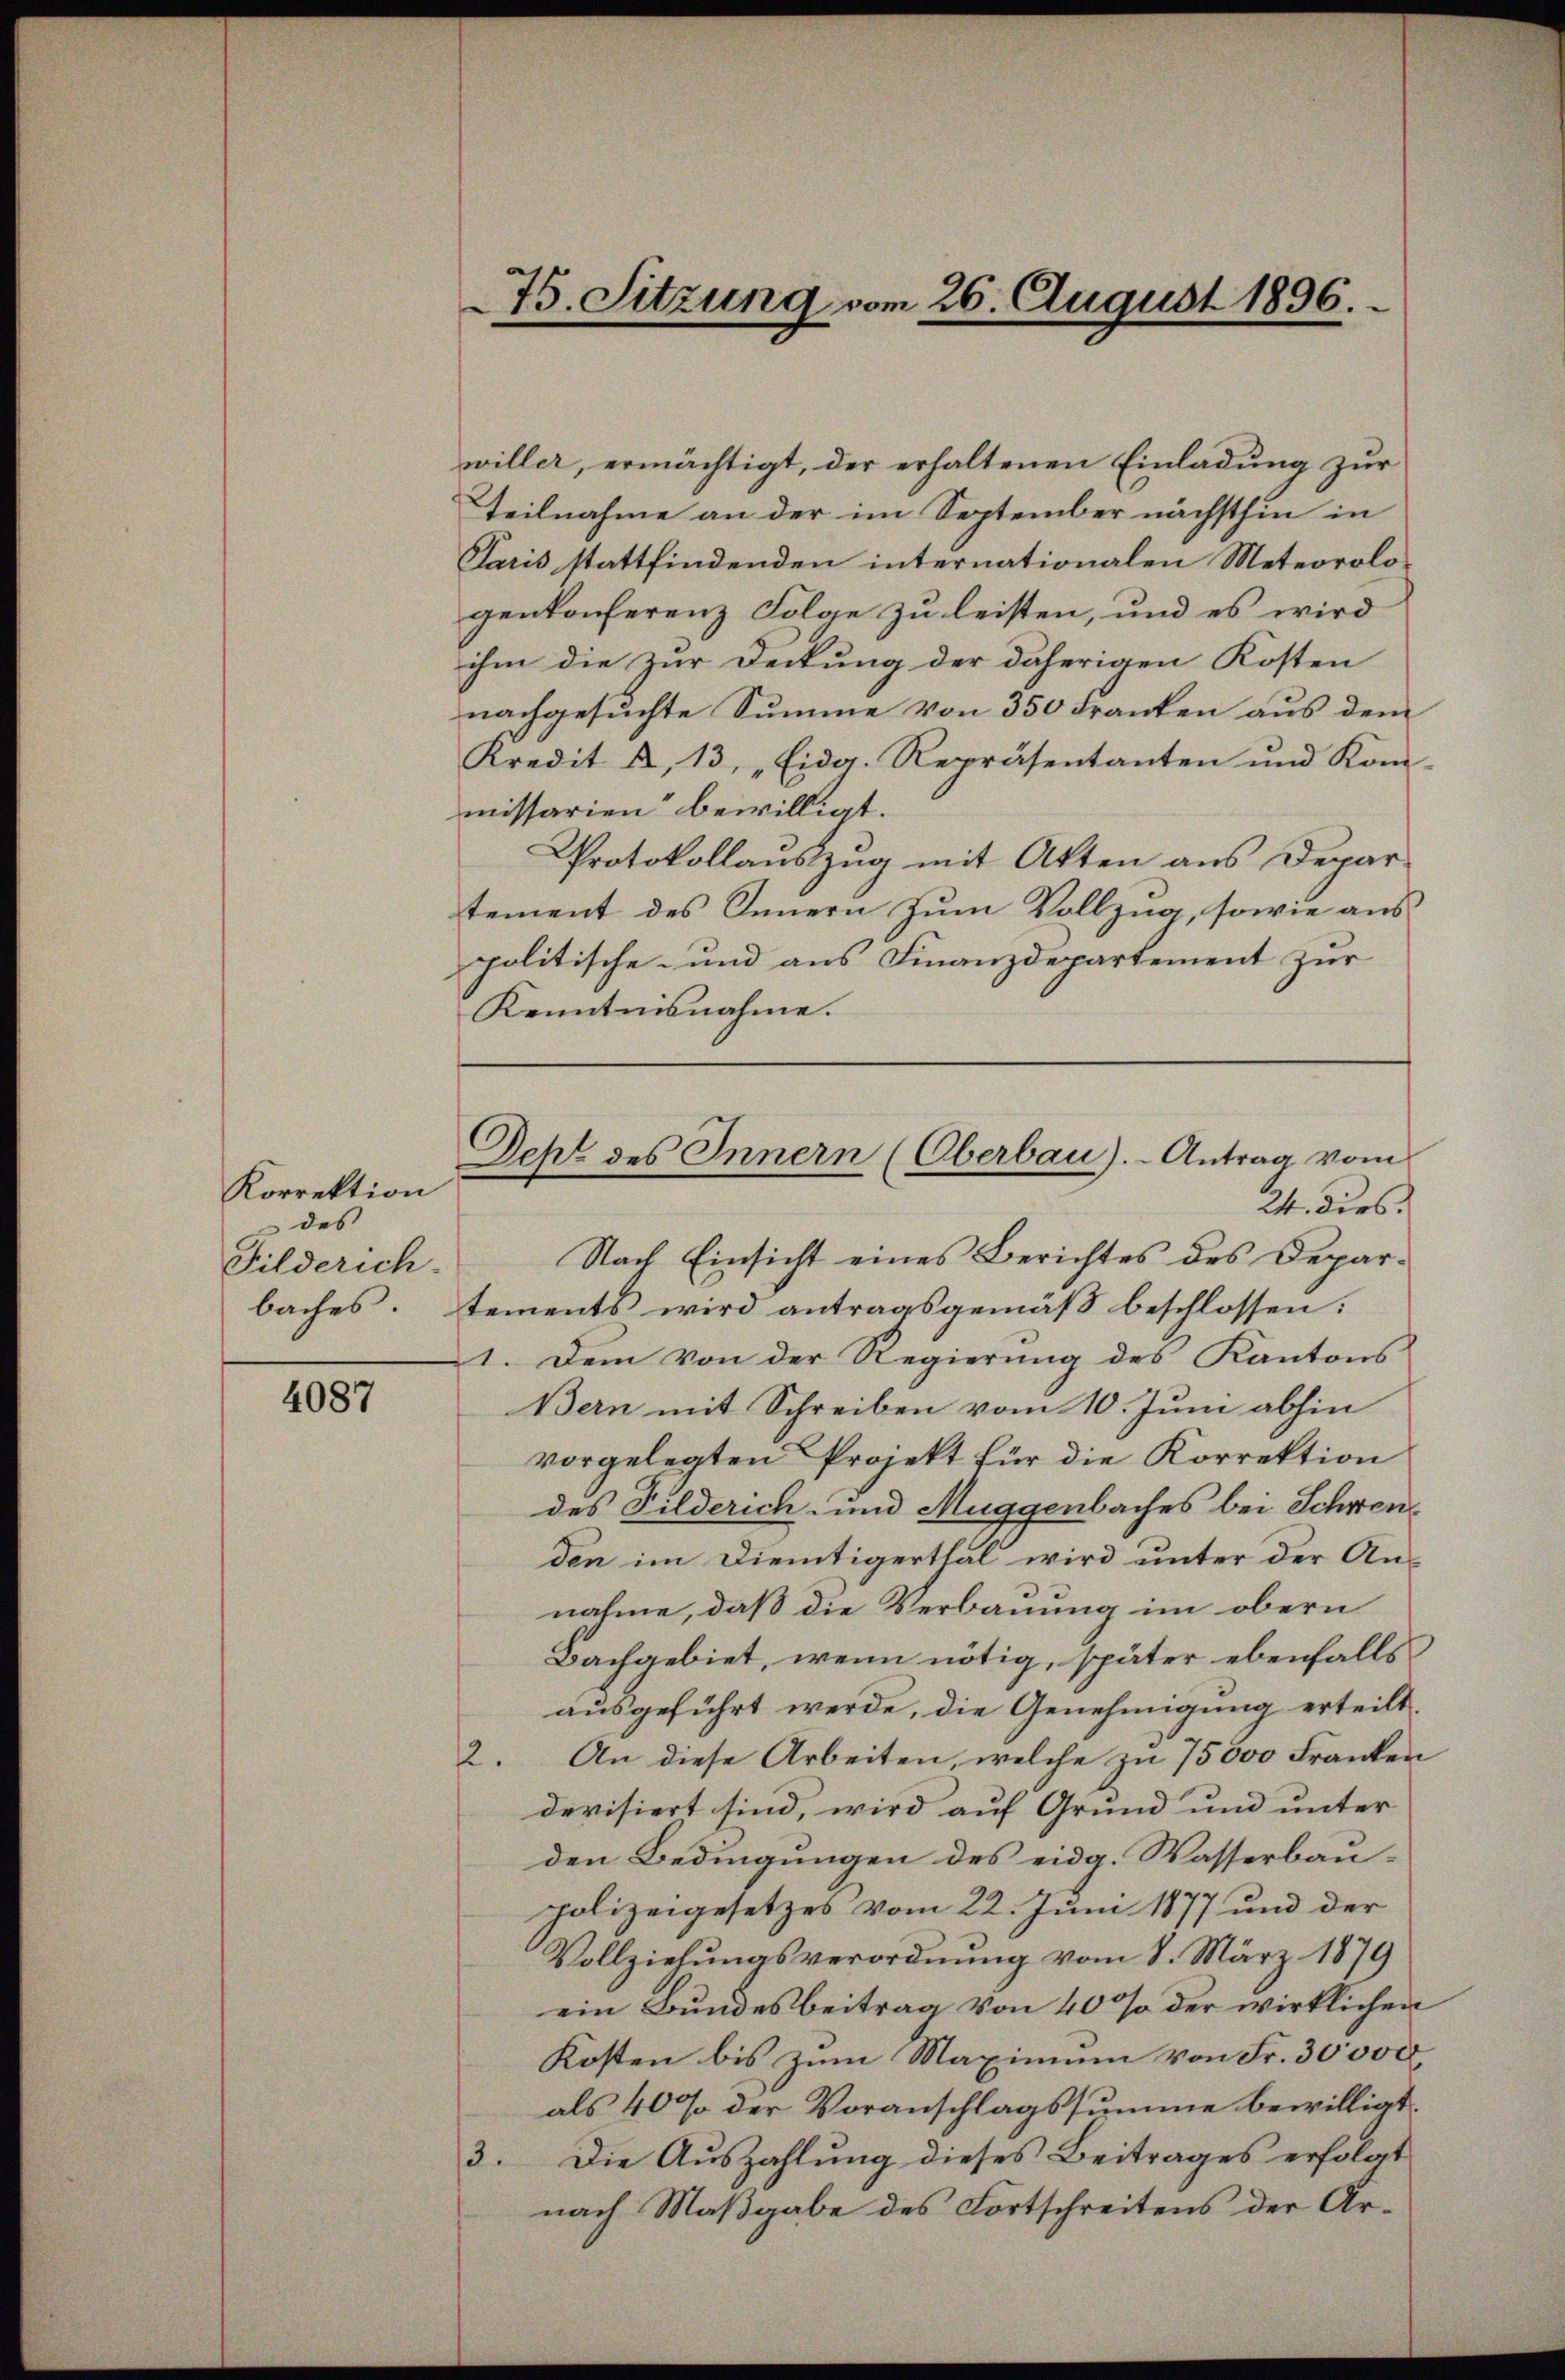
Korrektion
des
Filderich
baches

4087

75. Sitzung vom 26. August 1896.

willer, ermächtigt, der erhaltenen Einladung zur
Teilnahme an der im September nächsthin in
Paris stattfindenden internationalen Meteorologenkonferenz Folge zu leisten, und es wird
ihm die zur Deckung der daherigen Kosten
nachgesuchte Summe von 350 Franken aus dem
Kredit u. 13. „Eidg. Repräsentanten und Kon-
missarien bewilligt.
Protokollauszug mit Akten aus Departement des Innern zum Vollzug, sowie auspolitische- und aus Finanzdepartement zur
Kenntnisnahme.
24. dies
Nach Einsicht eines Berichtes des Departements wird antragsgemäß beschlossen:
1. Dem von der Regierŭng des Kantons
Bern mit Schreiben vom 10. Juni abhin
vorgelegten Projekt für die Korrektion
des Filderich- und Muggenbaches bei Schwenden im Dientigerthal wird unter der Annahme, daß die Verbauung im obern
Bachgebiet, wenn nötig, später ebenfalls
ausgeführt werde, die Genehmigung erteilt.
2. An diese Arbeiten, welche zu 75000 Franken
devisiert sind, wird auf Grund und unter
den Bedingungen des eidg. Wasserbaupolizeigesetzes vom 22. Juni 1877 und der
Vollziehungsverordnung vom 8. März 1879
ein Bundesbeitrag von 40% der wirklichen
Kosten bis zum Maximum von Fr. 30000.
als 40% der Voranschlagssumme bewilligt.
3. Die Auszahlung dieses Beitrages erfolgt
nach Maßgabe des Fortschreitens der Ar¬

Deht des Innern (Oberbau).- Antrag vom